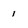
Character: 1